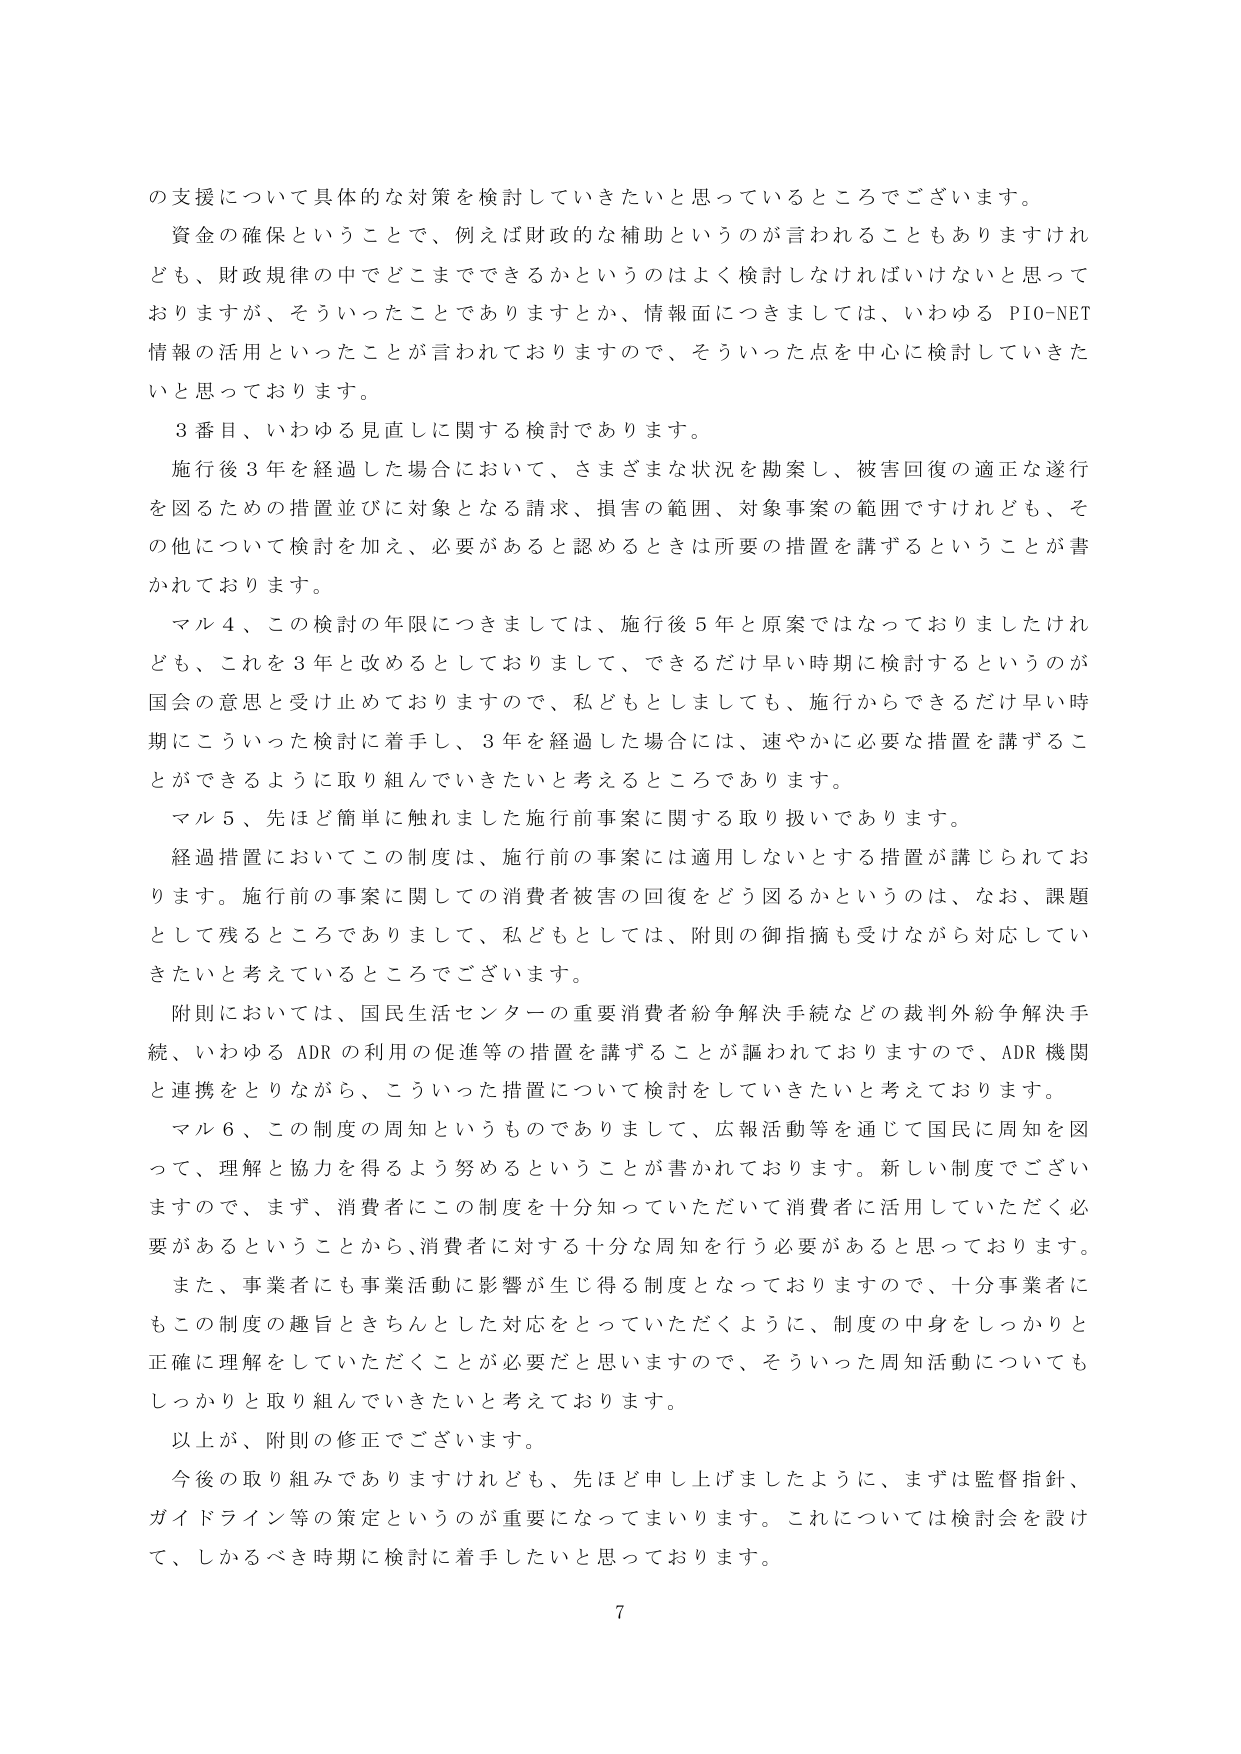
の支援について具体的な対策を検討していきたいと思っているところでございます。

資金の確保ということで、例えば財政的な補助というのが言われることもありますけれども、財政規律の中でどこまでできるかというのはよく検討しなければいけないと思っておりますが、そういったことでありますとか、情報面につきましては、いわゆる PIO-NET 情報の活用といったことが言われておりますので、そういった点を中心に検討していきたいと思っております。

３番目、いわゆる見直しに関する検討であります。

施行後３年を経過した場合において、さまざまな状況を勘案し、被害回復の適正な遂行を図るための措置並びに対象となる請求、損害の範囲、対象事案の範囲ですけれども、その他について検討を加え、必要があると認めるときは所要の措置を講ずるということが書かれております。

マル４、この検討の年限につきましては、施行後５年と原案ではなっておりましたけれども、これを３年と改めるとしておりまして、できるだけ早い時期に検討するというのが国会の意思と受け止めておりますので、私どもとしましても、施行からできるだけ早い時期にこういった検討に着手し、３年を経過した場合には、速やかに必要な措置を講ずることができるよう取り組んでいきたいと考えるところであります。

マル５、先ほど簡単にお触れしました施行前事案に関する取り扱いであります。

経過措置においてこの制度は、施行前の事案には適用しないとする措置が講じられております。施行前の事案に関しての消費者被害の回復をどう図るかというのは、なお、課題として残るところでありますして、私どもとしては、附則の御指摘も受けながら対応していきたいと考えているところでございます。

附則においては、国民生活センターの重要消費者紛争解決手続などの裁判外紛争解決手続、いわゆる ADR の利用の促進等の措置を講ずることが謳われておりますので、ADR 機関と連携をとりながら、こういった措置について検討していきたいと考えております。

マル６、この制度の周知というものでありますして、広報活動等を通じて国民に周知を図って、理解と協力を得るよう努めるということが書かれております。新しい制度でございますので、まず、消費者にこの制度を十分知っていただいて消費者に活用していただく必要があるということから、消費者に対する十分な周知を行う必要があると思っております。

また、事業者にも事業活動に影響が生じ得る制度となっておりますので、十分事業者にもこの制度の趣旨ときちんとした対応をとっていただくように、制度の中身をしっかりと正確に理解をしていただくことが必要だと思いますので、そういった周知活動についてもしっかりと取り組んでいきたいと考えております。

以上が、附則の修正でございます。

今後の取り組みでありますけれども、先ほど申し上げましたように、まずは監督指針、ガイドライン等の策定というのが重要になってまいります。これについては検討会を設けて、しかるべき時期に検討に着手したいと思っております。

7